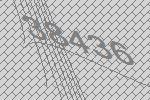
38436